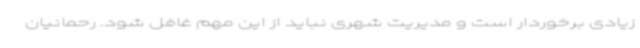
زیادی برخوردار است و مدیریت شهری نباید از این مهم غافل شود. رحمانیان